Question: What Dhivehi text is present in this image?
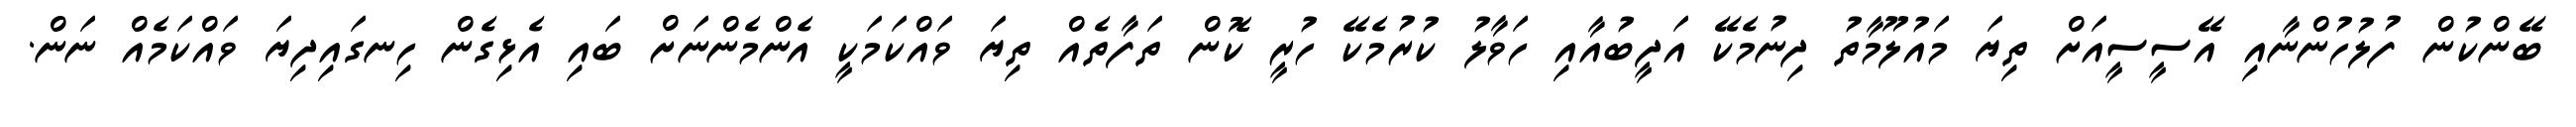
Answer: ބޭންކުން ފުލުހުންނާއި އޭސީސީއަށް ތިޔަ މައުލޫމާތު ދިނުމެކޭ އަދީބުއާއި ހަވާލު ކުރުމެކޭ ހުރީ ކޮން ތަފާތެއް ތިޔަ ވައްކަމަކީ އެންމެންނަށް ބައި އެޅިގެން ހިނގައިދިޔަ ވައްކަމެއް ނަން.